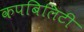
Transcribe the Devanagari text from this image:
कपबिलिटी